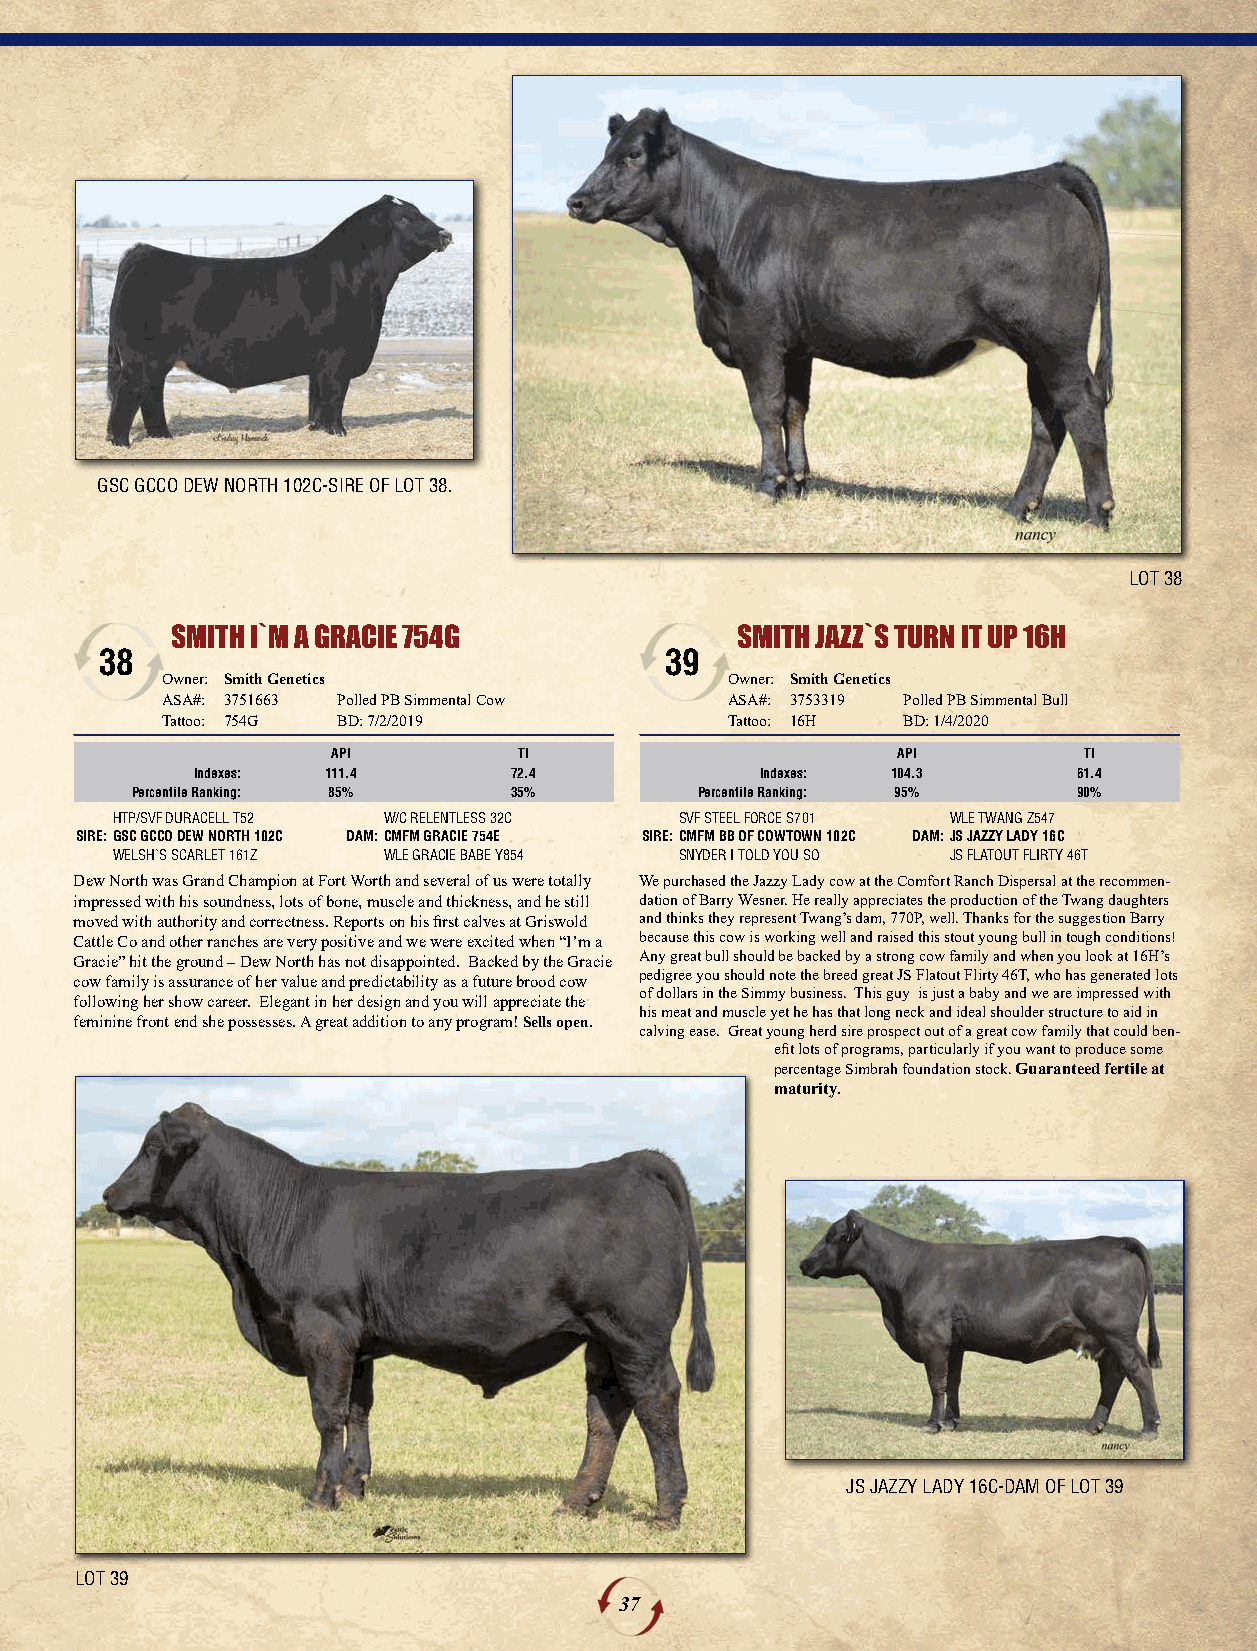
GSC GCCO DEW NORTH 102C-SIRE OF LOT 38.
 LOT 38
 SMITH I`M A GRACIE 754G               SMITH JAZZ`S TURN IT UP 16H
 38                                   39
 Owner: Smith Genetics                Owner: Smith Genetics
 ASA#: 3751663 Polled PB Simmental Cow ASA#: 3753319 Polled PB Simmental Bull
 Tattoo: 754G BD: 7/2/2019            Tattoo: 16H BD: 1/4/2020
 API         TI                       API          TI
 Indexes: 111.4       72.4            Indexes: 104.3       61.4
 Percentile Ranking: 85%  35%         Percentile Ranking: 95%  90%
 HTP/SVF DURACELL T52 W/C RELENTLESS 32C SVF STEEL FORCE S701 WLE TWANG Z547
 SIRE:GSC GCCO DEW NORTH 102C DAM:CMFM GRACIE 754E SIRE:CMFM BB OF COWTOWN 102C DAM:JS JAZZY LADY 16C
 WELSH`S SCARLET 161Z WLE GRACIE BABE Y854 SNYDER I TOLD YOU SO JS FLATOUT FLIRTY 46T
 Dew North was Grand Champion at Fort Worth and several of us were totally We purchased the Jazzy Lady cow at the Comfort Ranch Dispersal at the recommen-
 impressed with his soundness, lots of bone, muscle and thickness, and he still dation of Barry Wesner. He really appreciates the production of the Twang daughters
 moved with authority and correctness. Reports on his first calves at Griswold and thinks they represent Twang’s dam, 770P, well. Thanks for the suggestion Barry
 Cattle Co and other ranches are very positive and we were excited when “I’m a because this cow is working well and raised this stout young bull in tough conditions!
 Gracie” hit the ground – Dew North has not disappointed. Backed by the Gracie Any great bull should be backed by a strong cow family and when you look at 16H’s
 pedigree you should note the breed great JS Flatout Flirty 46T, who has generated lots
 cow family is assurance of her value and predictability as a future brood cow
 of dollars in the Simmy business. This guy is just a baby and we are impressed with
 following her show career. Elegant in her design and you will appreciate the
 his meat and muscle yet he has that long neck and ideal shoulder structure to aid in
 feminine front end she possesses. A great addition to any program! Sells open.
 calving ease. Great young herd sire prospect out of a great cow family that could ben-
 efit lots of programs, particularly if you want to produce some
 percentage Simbrah foundation stock. Guaranteed fertile at
 maturity.
 JS JAZZY LADY 16C-DAM OF LOT 39
 LOT 39
 37